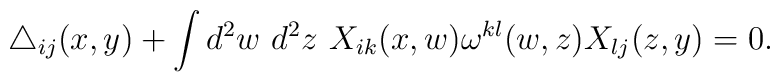
\triangle_{ij}(x,y) +   \int d^2 w~ d^2 z~        X_{ik}(x,w) \omega^{kl}(w,z) X_{lj}(z,y)         = 0.